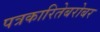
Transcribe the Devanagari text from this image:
पत्रकारितेबरोबर